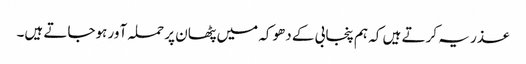
عذر یہ کرتے ہیں کہ ہم پنجابی کے دھوکہ میں پٹھان پر حملہ آور ہوجاتے ہیں۔